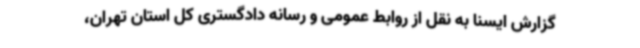
گزارش ایسنا به نقل از روابط عمومی و رسانه دادگستری کل استان تهران،